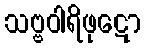
သဗ္ဗဝါရိဖုဋော